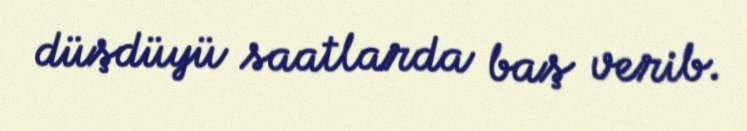
düşdüyü saatlarda baş verib.